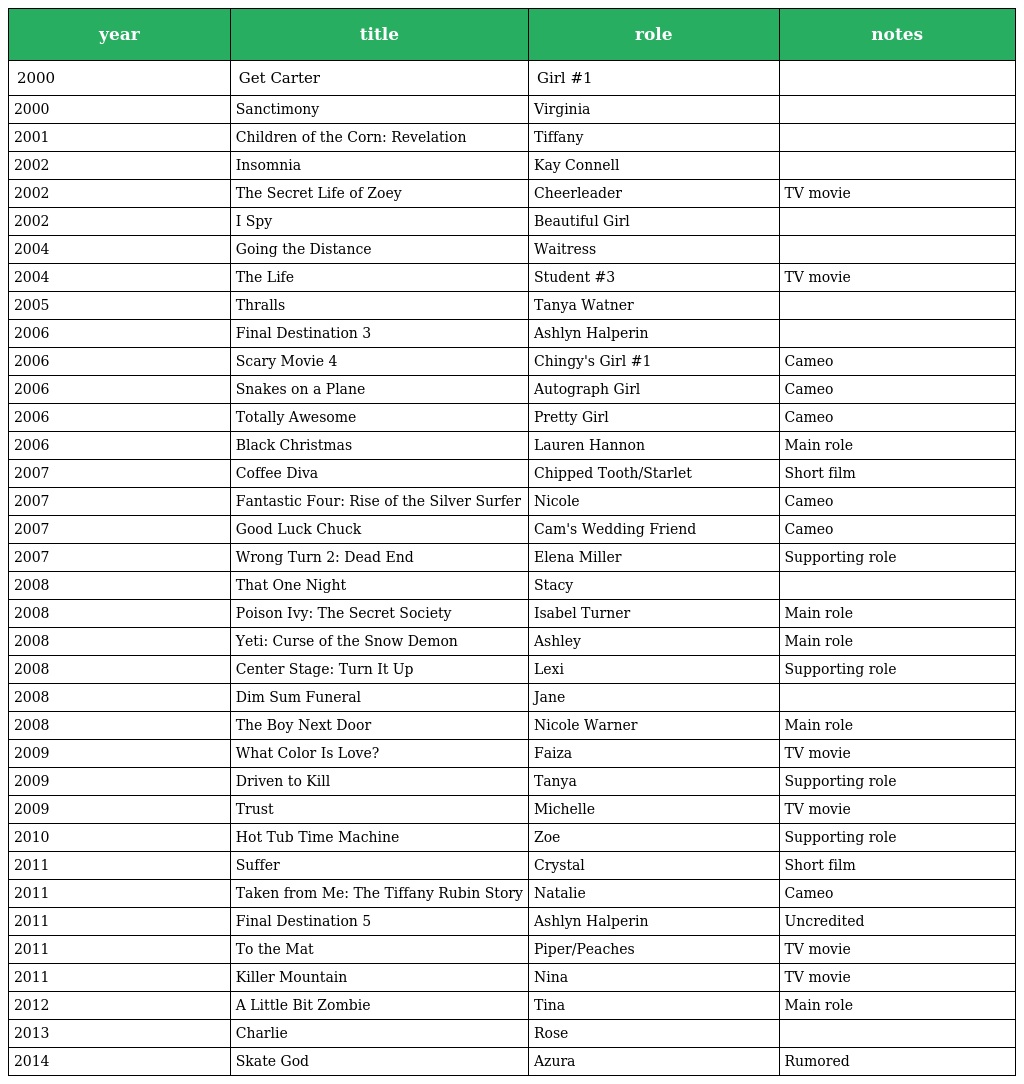
| year | title | role | notes |
 | --- | --- | --- | --- |
 | 2000 | Get Carter | Girl #1 |  |
 | 2000 | Sanctimony | Virginia |  |
 | 2001 | Children of the Corn: Revelation | Tiffany |  |
 | 2002 | Insomnia | Kay Connell |  |
 | 2002 | The Secret Life of Zoey | Cheerleader | TV movie |
 | 2002 | I Spy | Beautiful Girl |  |
 | 2004 | Going the Distance | Waitress |  |
 | 2004 | The Life | Student #3 | TV movie |
 | 2005 | Thralls | Tanya Watner |  |
 | 2006 | Final Destination 3 | Ashlyn Halperin |  |
 | 2006 | Scary Movie 4 | Chingy's Girl #1 | Cameo |
 | 2006 | Snakes on a Plane | Autograph Girl | Cameo |
 | 2006 | Totally Awesome | Pretty Girl | Cameo |
 | 2006 | Black Christmas | Lauren Hannon | Main role |
 | 2007 | Coffee Diva | Chipped Tooth/Starlet | Short film |
 | 2007 | Fantastic Four: Rise of the Silver Surfer | Nicole | Cameo |
 | 2007 | Good Luck Chuck | Cam's Wedding Friend | Cameo |
 | 2007 | Wrong Turn 2: Dead End | Elena Miller | Supporting role |
 | 2008 | That One Night | Stacy |  |
 | 2008 | Poison Ivy: The Secret Society | Isabel Turner | Main role |
 | 2008 | Yeti: Curse of the Snow Demon | Ashley | Main role |
 | 2008 | Center Stage: Turn It Up | Lexi | Supporting role |
 | 2008 | Dim Sum Funeral | Jane |  |
 | 2008 | The Boy Next Door | Nicole Warner | Main role |
 | 2009 | What Color Is Love? | Faiza | TV movie |
 | 2009 | Driven to Kill | Tanya | Supporting role |
 | 2009 | Trust | Michelle | TV movie |
 | 2010 | Hot Tub Time Machine | Zoe | Supporting role |
 | 2011 | Suffer | Crystal | Short film |
 | 2011 | Taken from Me: The Tiffany Rubin Story | Natalie | Cameo |
 | 2011 | Final Destination 5 | Ashlyn Halperin | Uncredited |
 | 2011 | To the Mat | Piper/Peaches | TV movie |
 | 2011 | Killer Mountain | Nina | TV movie |
 | 2012 | A Little Bit Zombie | Tina | Main role |
 | 2013 | Charlie | Rose |  |
 | 2014 | Skate God | Azura | Rumored |